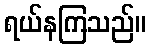
ရယ်နကြသည်။